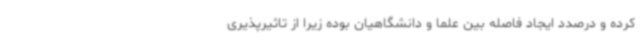
کرده و درصدد ایجاد فاصله بین علما و دانشگاهیان بوده زیرا از تاثیرپذیری